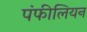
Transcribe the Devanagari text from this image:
पंफीलियन